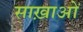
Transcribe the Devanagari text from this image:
साख़ाओं